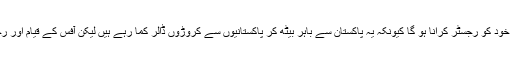
انہوں نے مزید بتایا کہ سوشل میڈیا کمپنیز کو 3 ماہ میں پاکستان میں خود کو رجسٹر کرانا ہو گا کیونکہ یہ پاکستان سے باہر بیٹھ کر پاکستانیوں سے کروڑوں ڈالر کما رہے ہیں لیکن آفس کے قیام اور رجسٹریشن سے رقم کی ادائیگی کا باقاعدہ طریقہ کار طے ہو سکے گا۔